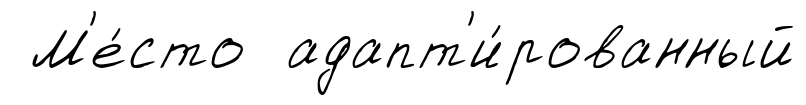
М'е́сто адапт'и́рованный